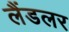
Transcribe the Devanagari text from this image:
लैंडलर